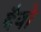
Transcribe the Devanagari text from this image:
दैवो